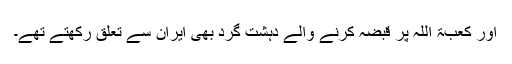
اور کعبۃ اللہ پر قبضہ کرنے والے دہشت گرد بھی ایران سے تعلق رکھتے تھے۔